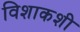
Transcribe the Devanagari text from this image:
विशाकशी